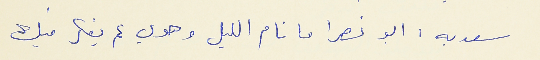
سعديه : ابو نصرا ما نام الليل وهوي عم يفكر فيك